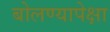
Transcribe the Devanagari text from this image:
बोलण्यापेक्षा